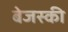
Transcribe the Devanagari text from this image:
बेजस्की